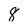
Character: 8